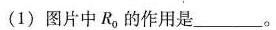
(1)图片中R，的作用是___。